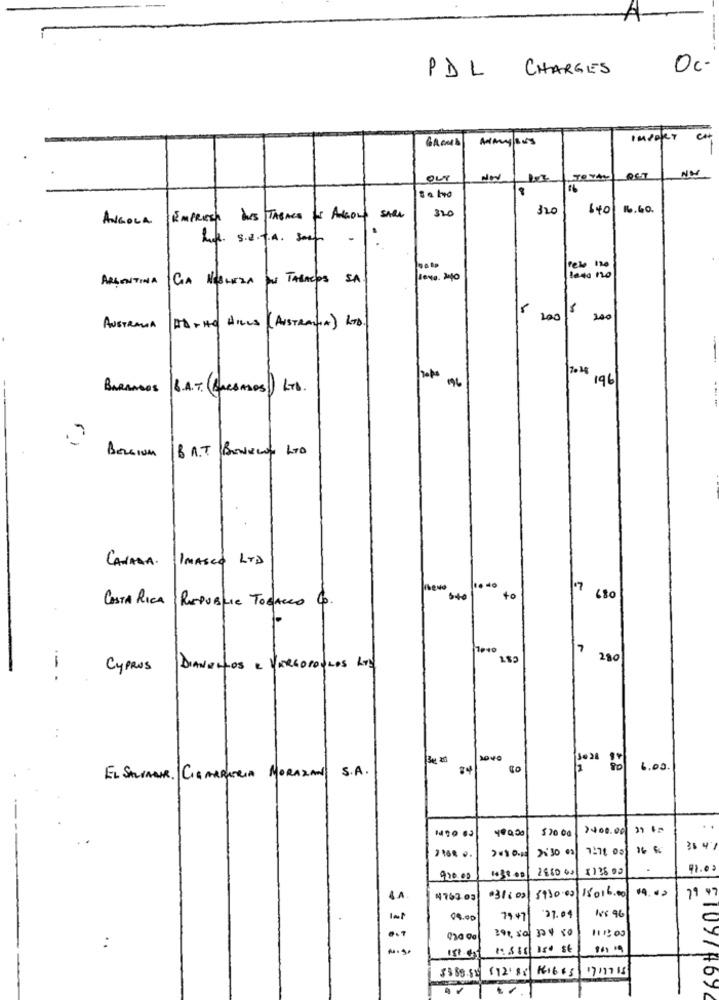
Oc-
PDL
CHARGES
GROUND
IMPORT
OU
320
320
640 16.60.
ANGOLA EMPRESA his TABACO IS ANGOLY SARL
hoe. s.r.t.a. seer -
rele
ARGENTINA GOA NESLEZA DE TABACOS SA
10-40 120
200
200
AUSTRALIA
At THE HILLS (AUSTRALIA) LTD.
/2018
196
--
BARANDOS 6. A.T. (RESADOS) LTD.
Bezsium B A.T BENECOL LTD
CANADA. IMASCO LTD
.. 40
17
to
680
COSTA RICA REPUBLIC TOBACCO 4.
7
280
CYPRUS DIANEHOS E VARGOPOULOS KTA
-- .
. .
3€ 20
3040
3028
84
6.00
EL SALVADOR. CIGARRATRIA MORAZAN S.A.
7400.00 39 1=
..
400.00
7:71 001
35 41
2880 00
₹126 ..
11.02
900,00
71 97
4.A
4763-03
031:02/8930.00/15016.00
08.00
79.47
188 96
...
111303
120 00
391, 50 324 50
5389.55 (12.85 11665 1711715
0
109/ 4692